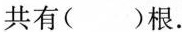
共有()根。